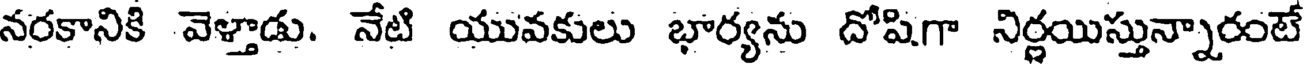
నరకానికి వెళ్తాడు. నేటి యువకులు భార్యను దోషిగా నిర్ణయిస్తున్నారంటే